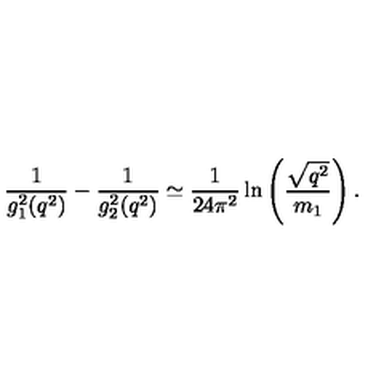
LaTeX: { \frac { 1 } { g _ { 1 } ^ { 2 } ( q ^ { 2 } ) } } - { \frac { 1 } { g _ { 2 } ^ { 2 } ( q ^ { 2 } ) } } \simeq { \frac { 1 } { 2 4 \pi ^ { 2 } } } \ln \left( { \frac { \sqrt { q ^ { 2 } } } { m _ { 1 } } } \right) .